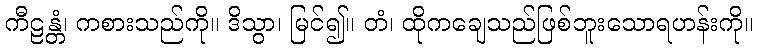
ကီဠန္တံ၊ ကစားသည်ကို။ ဒိသွာ၊ မြင်၍။ တံ၊ ထိုကချေသည်ဖြစ်ဘူးသောရဟန်းကို။